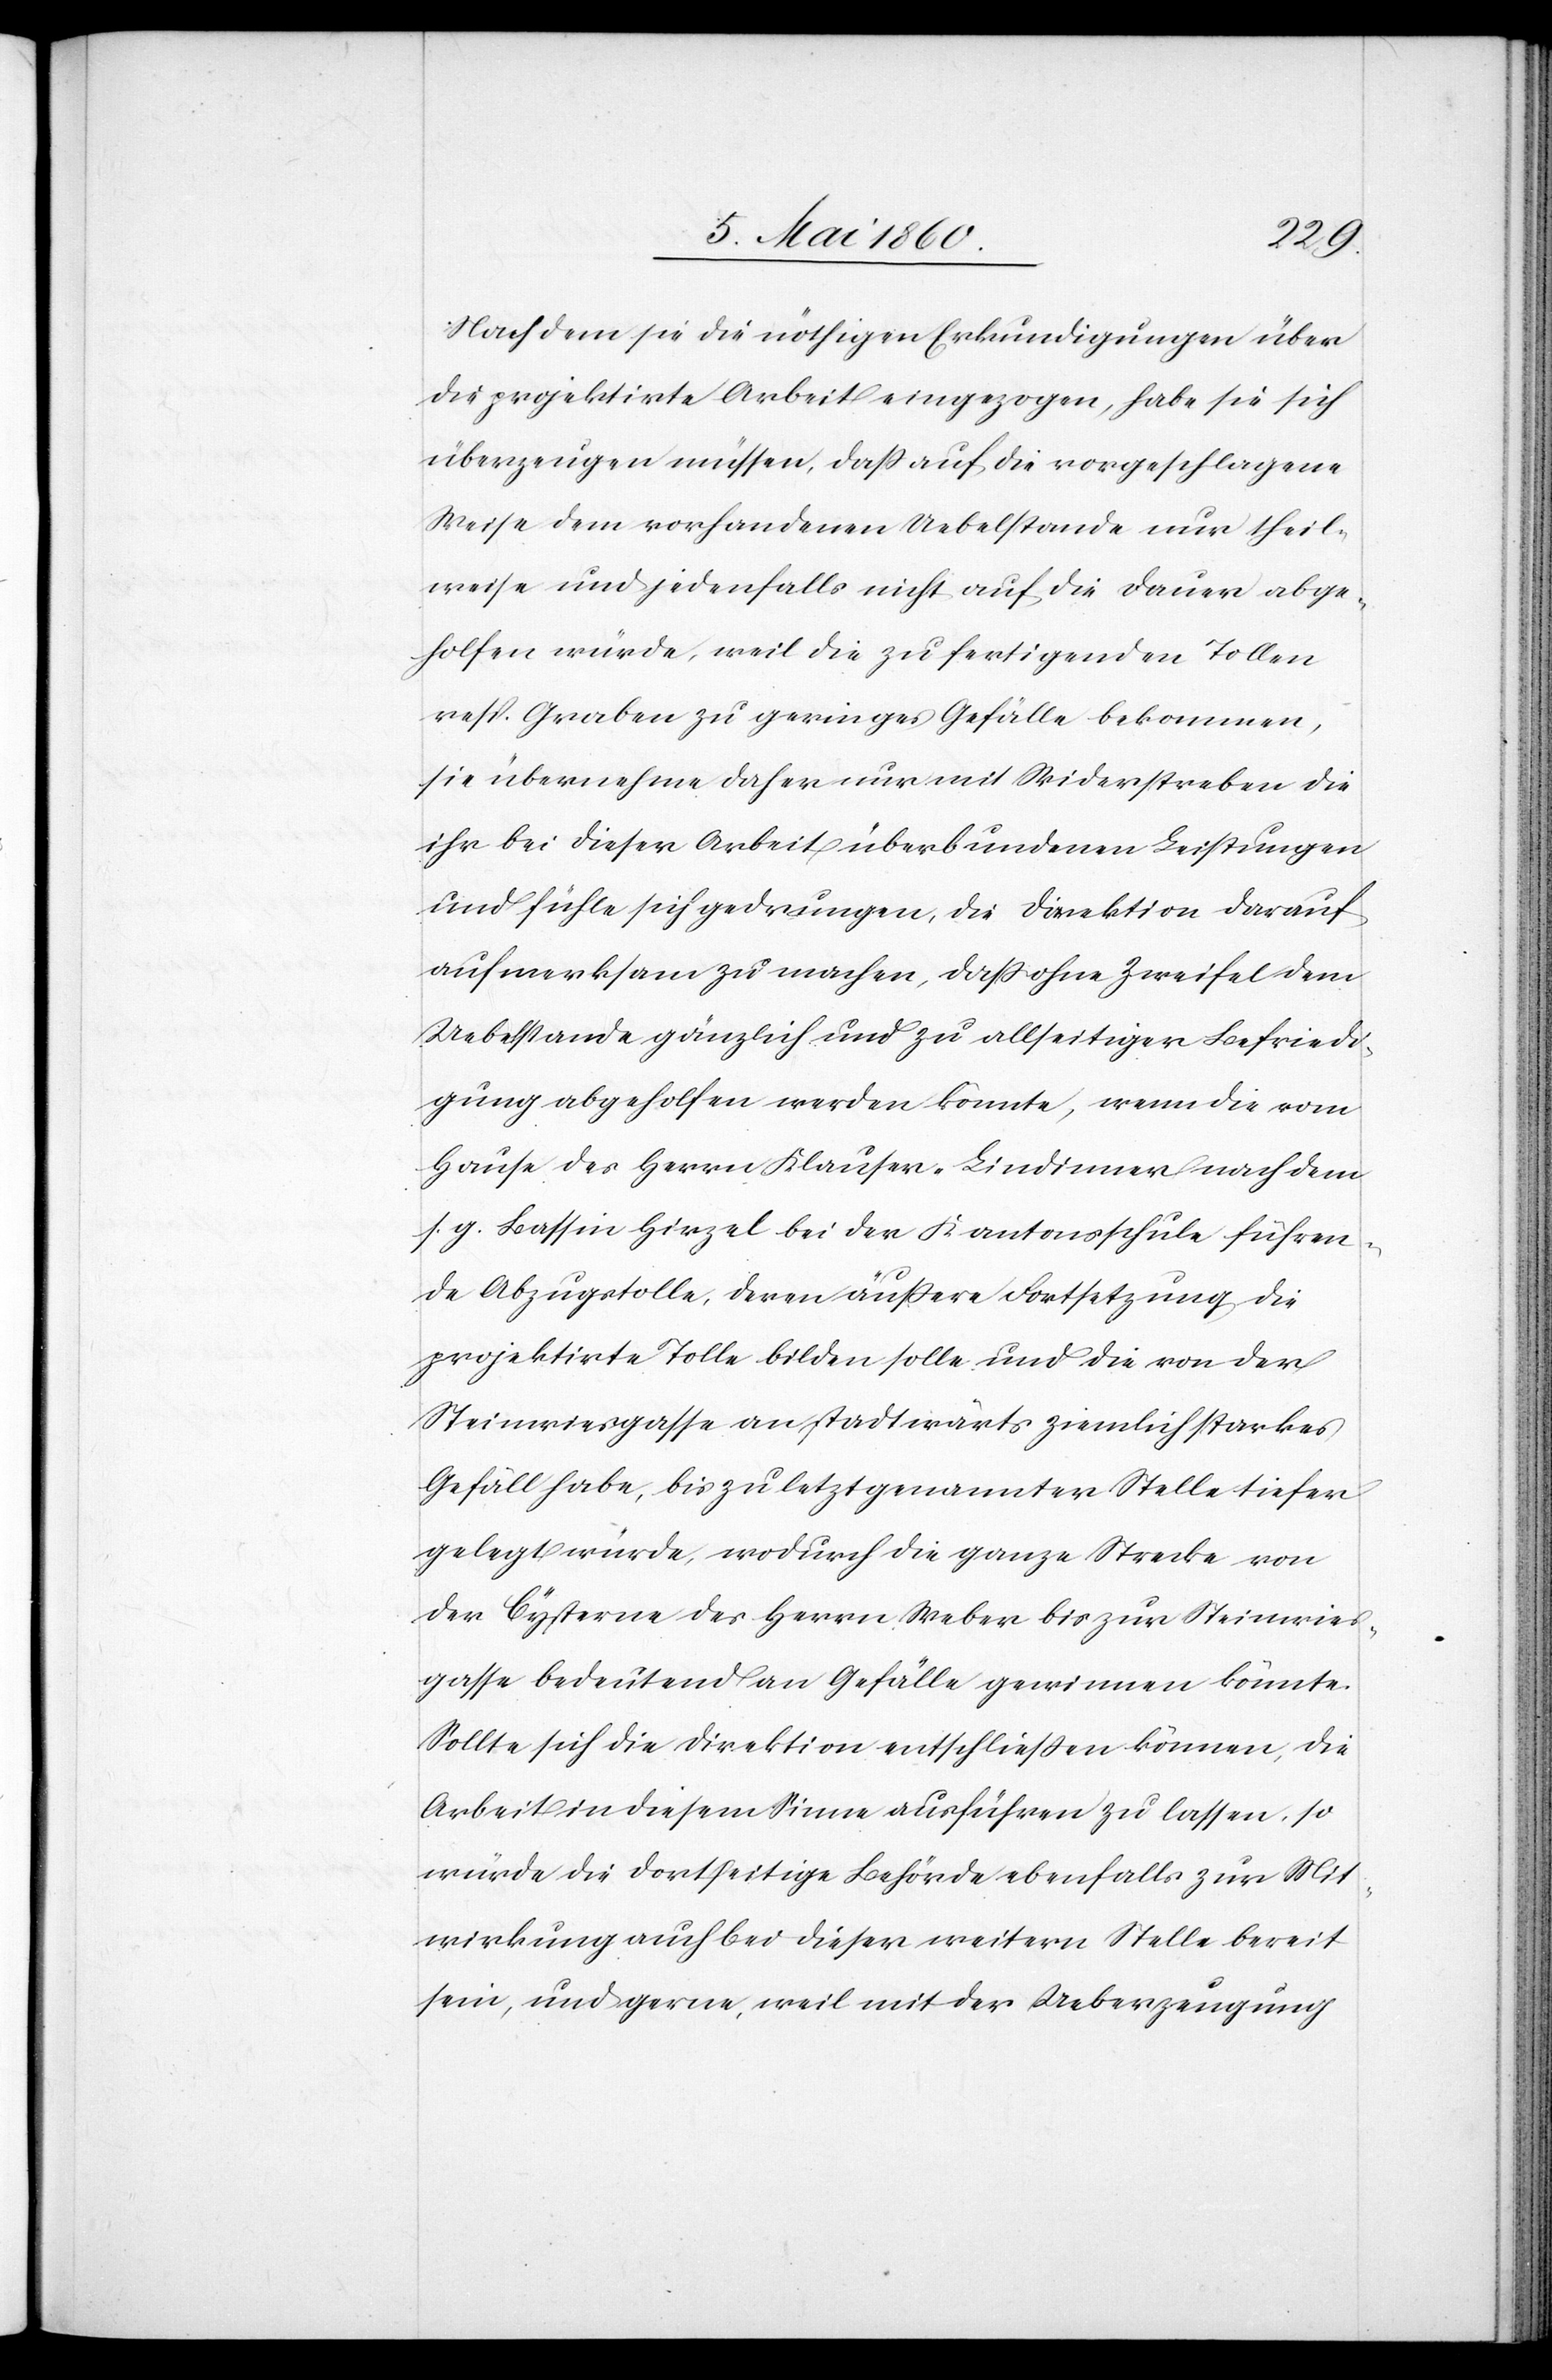
Nach dem sie die nöthigen Erkundigungen über
die projektirte Arbeit eingezogen, habe sie sich
überzeugen müssen, dass auf die vorgeschlagene
Weise dem vorhandenen Uebelstande nur theil¬
weise und jedenfalls nicht auf die Dauer abge¬
holfen würde, weil die zu fertigenden Tollen
resp. Graben zu geringes Gefälle bekommen,
sie übernehme daher nur mit Widerstreben die
ihr bei dieser Arbeit überbundenen Leistungen
und fühle sich gedrungen, die Direktion darauf
aufmerksam zu machen, daß ohne Zweifel dem
Uebelstande gänzlich und zu allseitiger Befriedi¬
gung abgeholfen werden könnte, wenn die vom
Hause des Herrn Klauser-Lindimmer nach dem
s. g. Bassin Hirzel bei der Kantonsschule führen¬
de Abzugstolle, deren äussere Fortsetzung die
projektirte Tolle bilden sollte und die von der
Steinwiesgasse an die stadtwärts ziemlich starkes
Gefäll habe, bis zuletzt genannter Stelle tiefer
gelegt würde, wodurch die ganze Strecke von
der Cysterne des Herrn Weber bis zur Steinwies¬
gasse bedeutend an Gefälle gewinnen könnte.
Sollte sich die Direktion entschließen können, die
Arbeit in diesem Sinne ausführen zu lassen, so
würde die dortseitige Behörde ebenfalls zur Mit¬
wirkung auch bei dieser weitern Stelle bereit
sein, und gerne, weil mit der Ueberzeugung